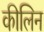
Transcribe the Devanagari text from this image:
कीलिन